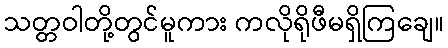
သတ္တဝါတို့တွင်မူကား ကလိုရိုဖီမရှိကြချေ။